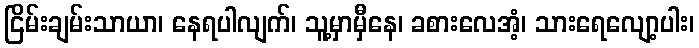
ငြိမ်းချမ်းသာယာ၊ နေရပါလျက်၊ သူ့မှာမှီနေ၊ ခစားလေအံ့၊ သားရေလျော့ပါး၊